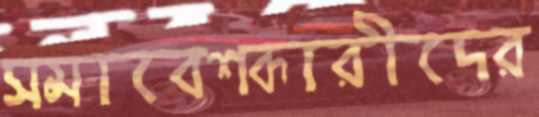
সমাবেশকারীদের